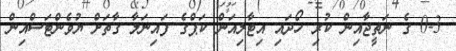
0-3 ގެ ނަތީޖާއިން ކުރި ހޯދައި އިޓާލިއަން ކަޕްގެ ފައިނަލާ ގާތަށް ޔުވެންޓަސްއިން